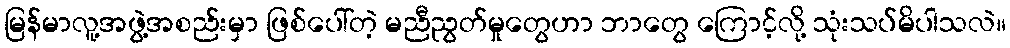
မြန်မာလူ့အဖွဲ့အစည်းမှာ ဖြစ်ပေါ်တဲ့ မညီညွတ်မှုတွေဟာ ဘာတွေ ကြောင့်လို့ သုံးသပ်မိပါသလဲ။